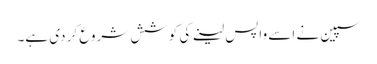
سپین نے اسے واپس لینے کی کوشش شروع کر دی ہے۔